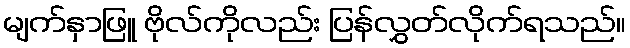
မျက်နှာဖြူ ဗိုလ်ကိုလည်း ပြန်လွှတ်လိုက်ရသည်။